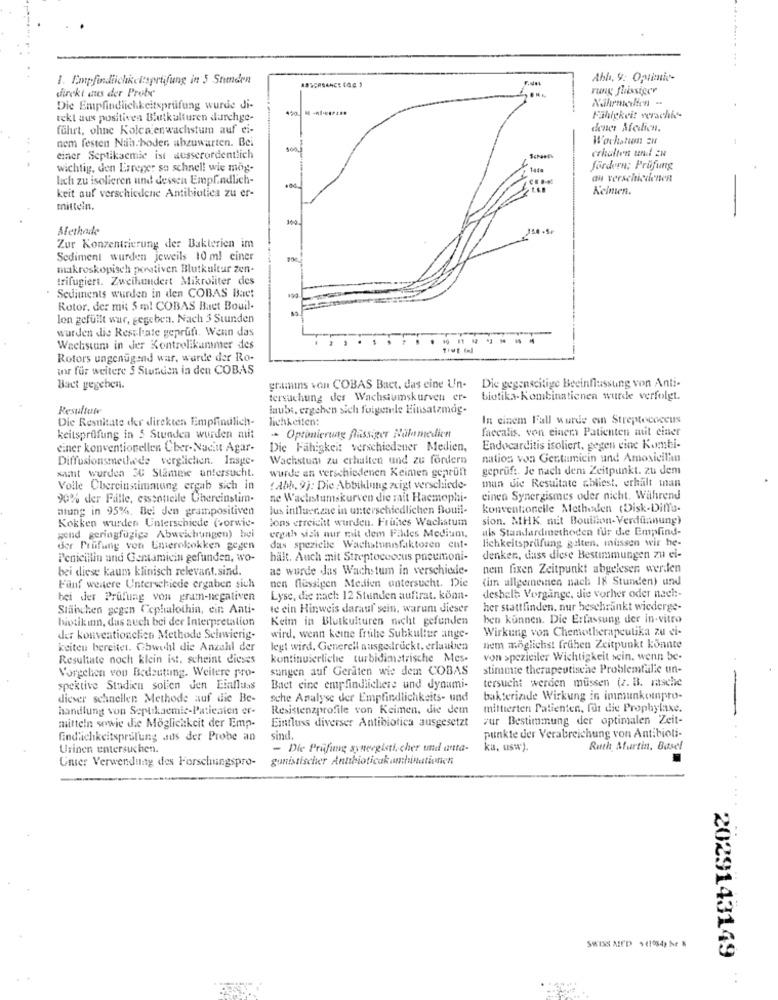
.. .
1. Empfindlichkeitsprüfung in 5 Stunden
Ahh, 9: Optimio-
direkt aus der Probe
rung fhissiger
Nahrmicien -
Die Empfindlichkeitsprüfung wurde di-
tekl aus positives Blutkulturen durchge-
Fähigkeit verschie-
führt, ohne Kolen enwachstum auf ei-
dener Medien.
nem festen Nah boder, abzuwarten. Bei
W'ochation EN
einer Septikacmic ist ausserordentlich
crisulten und ER
wichtig, den Erreger so schnell wie mag-
fördern; Prüfung
lich zu isolieren und dessen Empfindlich-
an verschiedenen
Keimen.
keit auf verschiedene Antibiotica zu er-
mitteln.
100.
Afethade
Zur Konzentrierung der Bakterien im
Sediment wurden jeweils 10 ml ciner
makroskopisch porstiven Blutkultur zen-
trifugiert. Zweihundert Mikroliter des
. Sediments wurden in den COBAS Baet
Rotor. der mis 5 ml COBAS Buet Bouil-
lon gefüllt war, gegeben. Nach 3 Stunden
wurden die Resthate geprüft. Wenn das
--
Wachstum in Jer Kontrolikammer des
Rotors ungenügend war, wurde der Ro-
ar für weitere 5 Stunden in den COBAS
Bact gegeben.
gramms von COBAS Bact. das eine Un-
Die gegenseitige Beeinflussung von Anti-
tersuchung des Wachstumskurven er-
biotika-Kombinationen wurde verfolgt.
Resultate
laube, ergehen sich folgende Einsatzmag-
Die Resultate der direkten Empfindlich-
lichkeiten:
In einem Fall wurde em Streptococcus
faecalis, von einera Patienten mit einer
keitsprüfung in 5 Stunden wurden mit
- Optimierung Passiger Hilemedien
einer konventionellen Cher-Nachut Agar-
Die Fähigkeit verschiedener Medien,
Endocarditis isoliert, gegen eine Kombi-
Diffusionsmethe de verglichen. Inspe-
Wachstum zu erhalten und zu fordern
nation von Gestamicin und Amoxicilin
saint wurden 3C Stamme untersucht.
wurde an verschiedenen Keimen geprüft
geprüft. Je nach dem Zeitpunkt. zu dem
mun die Resuitate abliest, erhält man
Volle Chereinstimmung ergab sich in
(abh, 9): Die Abbildung zeigt verschiede-
90% der Fälle, esscottelle Chereinstim-
ne Wachstumskurven die mit Hacmophi-
cinen Synergismes oder nicht. Während
atung in 95%. Bei Jen grampositiven
Jus influenzae in unterschiedlichen Bouli-
konventionelle Methoden (Disk-Diffu-
Kokken wurden Unterschiede (vorwic-
lons erreicht wurden. Frithies Wachstum
sion. MHK mit Bouillon- Verdünnung)
ergath sich nur mit dem Fildes Medium,
als Standardmethoden für die Empfind-
gend geringfügige Abweichungen) bei
lichkeitsprüfung galten, müssen wir he-
der Prüfung von Enterokokken gegen
das spezicite Wachstumisfaktoren ent-
Penicillin und Gentamicin gefunden, wo-
hält. Auch mit Streptococcus pneumoni-
denken, dass diese Bestimmungen zu ei-
bei diese kaum klinisch relevant.sind.
at wurde das Wachstum in verschiede-
nem fixen Zeitpunkt abgelesen werden
(im allgemeinen nach 18 Stunden) und
Fünf weitere Unterschiede ergaben sich
nen flussigen Medien untersucht. Die
bei der Prüfung von gram-negativen
Lyse, die nach: 12 Stunden auftrat. könn-
deshalb Vorgänge, die vorher oder nach :-
Stäbchen gegen ( cphalothin, ein: Anti-
te ein Hinweis darauf sein, warum dieser
her stattfinden. nur beschränkt wiederge-
biotik inn, das auch bei der Interpretation
Keim in Blutkulturen nicht gefunden
hen kunnen. Die Erfassung der in-vitro
Wirkung von Chemotherapeulika zu vi-
der konventionclien Methode Selawvierig-
wird, wenn keine frthe Subkultur ange-
keiten bereitet. Ghwohl die Anzahl der
legt wird. Generell ausgedruckt. erlauben
nem möglichst frühen Zeitpunkt konnte
Resultate noch klein ist, scheint dieses
kontinuierliche turbidimetrische Mes-
von >pezieiler Wichtigkeit sein. wenn be-
Vorgehen von Bedeutung. Weitere pro-
sungen auf Geraten wie dem COBAS
stimmie therapeutische Problemtalic un-
tersucht werden müssen (z. B. rasche
spektive Studien sollen den Einfluss
Bact eine empfindlichere und dynami-
dieser schnellen Methode auf die Be-
sche Analyse der Empfindlichkeits- und
bakteriade Wirkung in immunkompro-
handlung von Septikacmie-Patienten er-
Resistenzprofile von Keimen. die dem
mittierten Patienten, für die Prophylaxe.
mitteln sowie die Möglichkeit der Emp-
Einfluss diverser Antibiotica ausgesetzt
zur Bestimmung der optimalen Zeit-
Endlichkeitsprüfung aus der Probe an
sind.
punkte der Verabreichung von Antibioti-
Urinen untersuchen.
- Die Prüfung synergisti, cher und anta-
ka, usw).
Ruth Martin, Basel
Unter Verwendung des Forschungspro-
gunistischer Antibioticakombinationen
2029143149